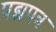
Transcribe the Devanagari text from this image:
पद्मपत्र